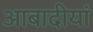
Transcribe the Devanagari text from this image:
आबादीयां